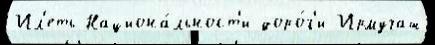
Ил'еть Национа́льност'и доро́г'и Ирмучаш